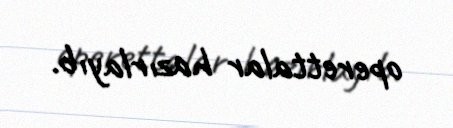
operettalar hazırlayıb.